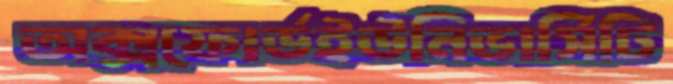
অক্সফোর্ডইউনিভার্সিটি